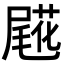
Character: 𡳖